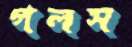
পলস